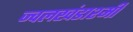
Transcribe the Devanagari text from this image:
ज्वलखंडाश्मी